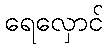
ရေလှောင်